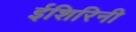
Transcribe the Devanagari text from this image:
ईशिरिनी